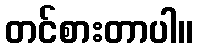
တင်စားတာပါ။